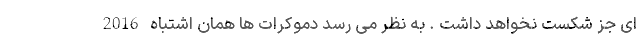
ای جز شکست نخواهد داشت . به نظر می رسد دموکرات ها همان اشتباه 2016